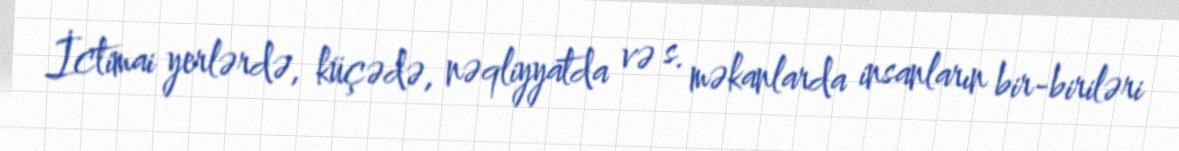
İctimai yerlərdə, küçədə, nəqliyyatda və s. məkanlarda insanların bir-biriləri